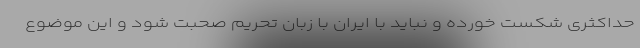
حداکثری شکست خورده و نباید با ایران با زبان تحریم صحبت شود و این موضوع